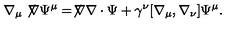
\nabla _ { \mu } \not \! \nabla \Psi ^ { \mu } = \not \! \nabla \nabla \cdot \Psi + \gamma ^ { \nu } [ \nabla _ { \mu } , \nabla _ { \nu } ] \Psi ^ { \mu } .